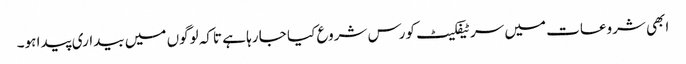
ابھی شروعات میں سرٹیفکیٹ کورس شروع کیا جا رہا ہے تاکہ لوگوں میں بیداری پیدا ہو۔